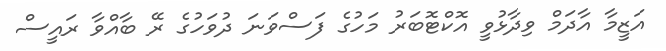
އަޒީމާ އާދަމް ވިދާޅުވީ އޮކްޓޮބަރު މަހުގެ ފަސްވަނަ ދުވަހުގެ ރޭ ބާއްވާ ރައީސް